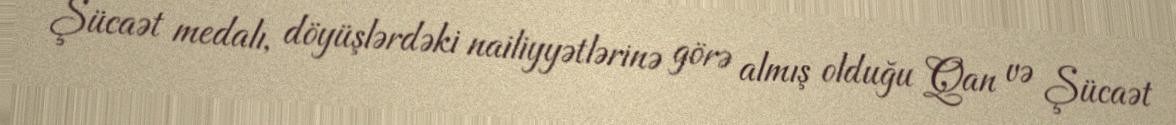
Şücaət medalı, döyüşlərdəki nailiyyətlərinə görə almış olduğu Qan və Şücaət